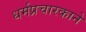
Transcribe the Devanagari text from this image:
धर्मप्रचारकाने